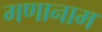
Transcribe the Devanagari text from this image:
गणानाम